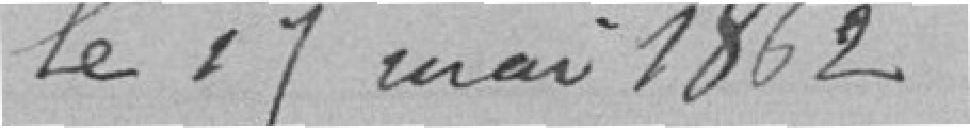
Le 17 mai 1862